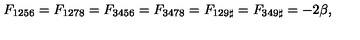
F _ { 1 2 5 6 } = F _ { 1 2 7 8 } = F _ { 3 4 5 6 } = F _ { 3 4 7 8 } = F _ { 1 2 9 \sharp } = F _ { 3 4 9 \sharp } = - 2 \beta ,